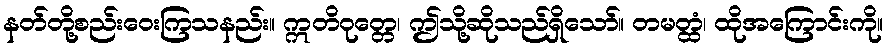
နတ်တို့စည်းဝေးကြသနည်း။ ဣတိဝုတ္တေ၊ ဤသို့ဆိုသည်ရှိသော်။ တမတ္ထံ၊ ထိုအကြောင်းကို။